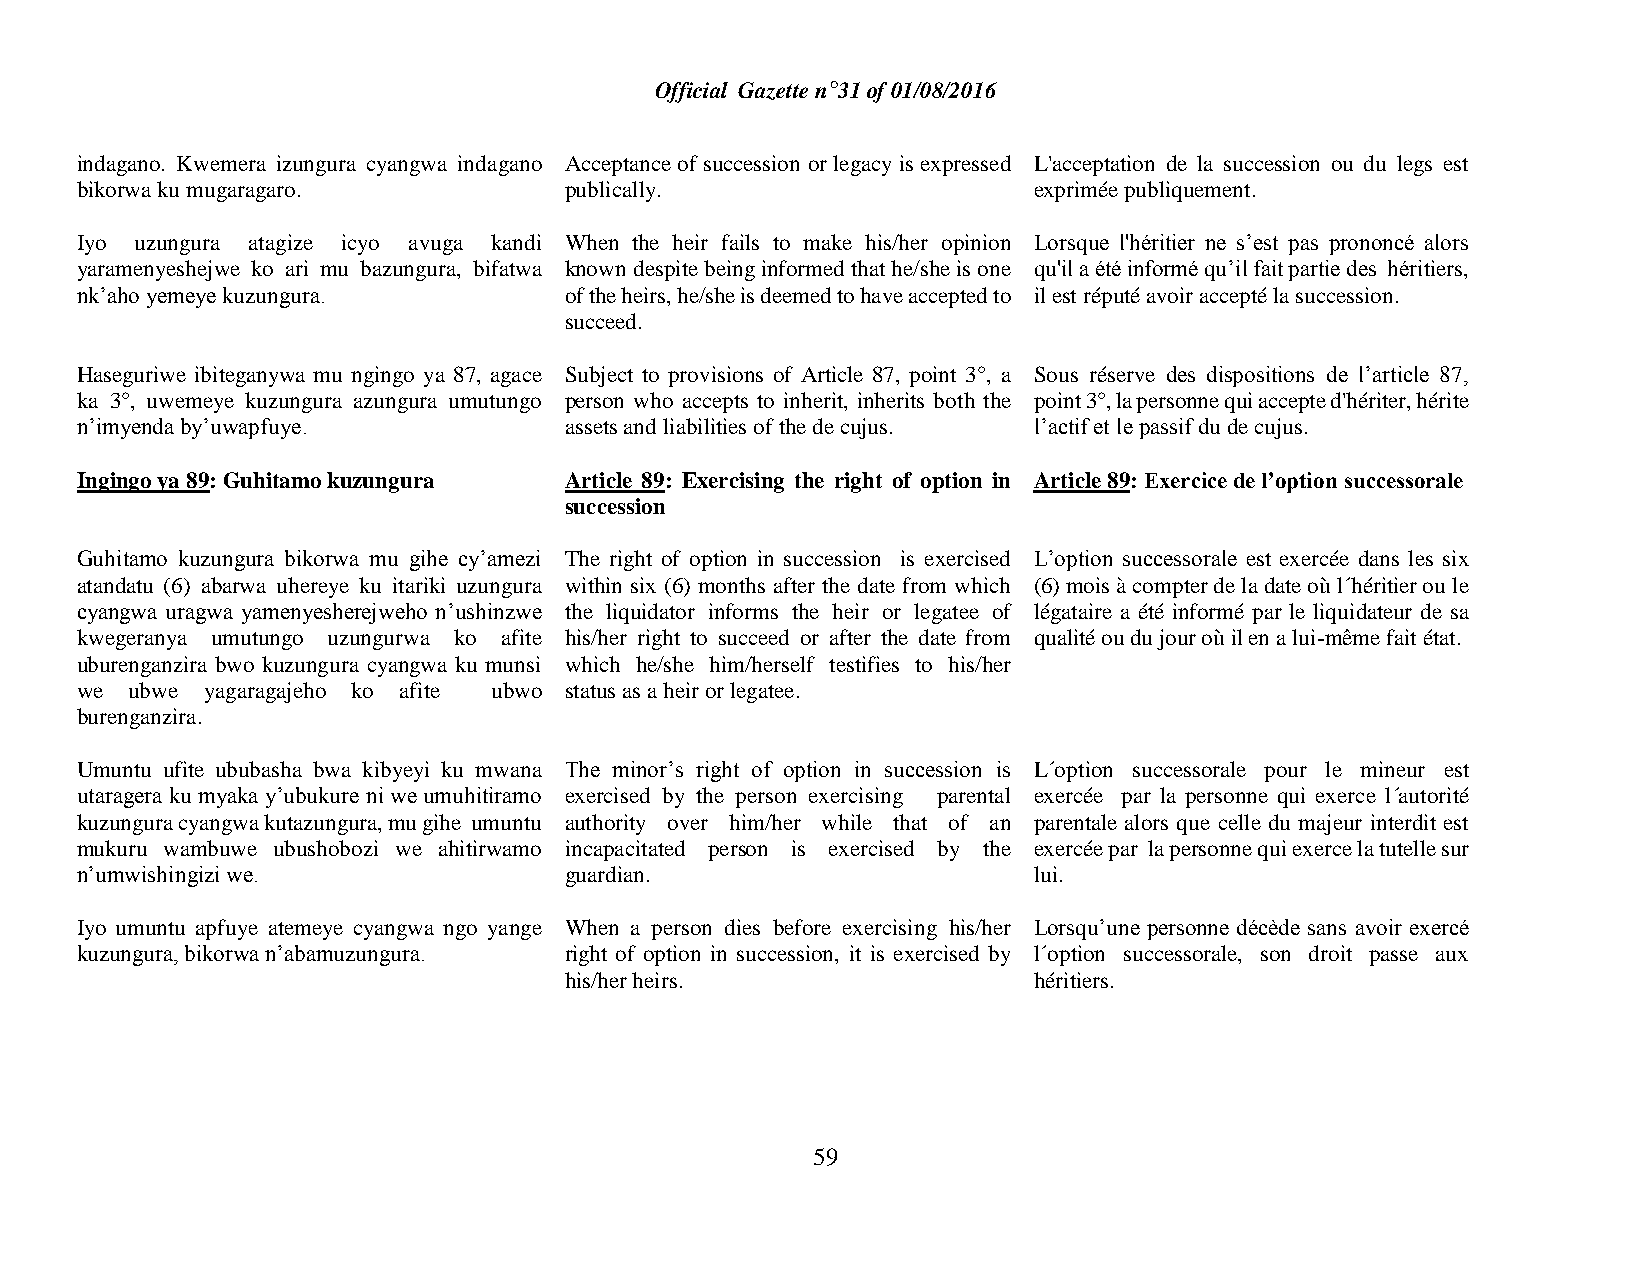
Official Gazette n°31 of 01/08/2016
 indagano. Kwemera izungura cyangwa indagano Acceptance of succession or legacy is expressed L'acceptation de la succession ou du legs est
 bikorwa ku mugaragaro.          publically.                    exprimée publiquement.
 Iyo uzungura atagize icyo avuga kandi When the heir fails to make his/her opinion Lorsque l'héritier ne s’est pas prononcé alors
 yaramenyeshejwe ko ari mu bazungura, bifatwa known despite being informed that he/she is one qu'il a été informé qu’il fait partie des héritiers,
 nk’aho yemeye kuzungura.        of the heirs, he/she is deemed to have accepted to il est réputé avoir accepté la succession.
 succeed.
 Haseguriwe ibiteganywa mu ngingo ya 87, agace Subject to provisions of Article 87, point 3°, a Sous réserve des dispositions de l’article 87,
 ka 3°, uwemeye kuzungura azungura umutungo person who accepts to inherit, inherits both the point 3°, la personne qui accepte d'hériter, hérite
 n’imyenda by’uwapfuye.          assets and liabilities of the de cujus. l’actif et le passif du de cujus.
 Ingingo ya 89: Guhitamo kuzungura Article 89: Exercising the right of option in Article 89: Exercice de l’option successorale
 succession
 Guhitamo kuzungura bikorwa mu gihe cy’amezi The right of option in succession is exercised L’option successorale est exercée dans les six
 atandatu (6) abarwa uhereye ku itariki uzungura within six (6) months after the date from which (6) mois à compter de la date où l´héritier ou le
 cyangwa uragwa yamenyesherejweho n’ushinzwe the liquidator informs the heir or legatee of légataire a été informé par le liquidateur de sa
 kwegeranya umutungo uzungurwa ko afite his/her right to succeed or after the date from qualité ou du jour où il en a lui-même fait état.
 uburenganzira bwo kuzungura cyangwa ku munsi which he/she him/herself testifies to his/her
 we  ubwe yagaragajeho ko afite ubwo status as a heir or legatee.
 burenganzira.
 Umuntu ufite ububasha bwa kibyeyi ku mwana The minor’s right of option in succession is L´option successorale pour le mineur est
 utaragera ku myaka y’ubukure ni we umuhitiramo exercised by the person exercising parental exercée par la personne qui exerce l´autorité
 kuzungura cyangwa kutazungura, mu gihe umuntu authority over him/her while that of an parentale alors que celle du majeur interdit est
 mukuru wambuwe ubushobozi we ahitirwamo incapacitated person is exercised by the exercée par la personne qui exerce la tutelle sur
 n’umwishingizi we.              guardian.                      lui.
 Iyo umuntu apfuye atemeye cyangwa ngo yange When a person dies before exercising his/her Lorsqu’une personne décède sans avoir exercé
 kuzungura, bikorwa n’abamuzungura. right of option in succession, it is exercised by l´option successorale, son droit passe aux
 his/her heirs.                 héritiers.
 59